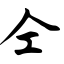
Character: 仝